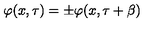
\varphi ( x , \tau ) = \pm \varphi ( x , \tau + \beta )